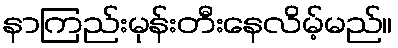
နာကြည်းမုန်းတီးနေလိမ့်မည်။